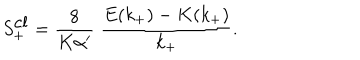
S _ { + } ^ { \mathrm { c l } } = \frac { 8 } { K \alpha ^ { \prime } } \; \frac { E ( k _ { + } ) - K ( k _ { + } ) } { k _ { + } } .